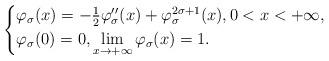
LaTeX: \begin{align*}\begin{cases}\varphi_{\sigma}(x)=-\frac{1}{2}\varphi_{\sigma}^{\prime\prime}(x)+\varphi_{\sigma}^{2\sigma+1}(x),0< x<+\infty,\\\varphi_{\sigma}(0)=0,\lim\limits_{x\to+\infty}\varphi_{\sigma}(x)=1.\end{cases}\end{align*}